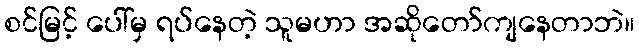
စင်မြင့် ပေါ်မှ ရပ်နေတဲ့ သူမဟာ အဆိုတော်ကျနေတာဘဲ။